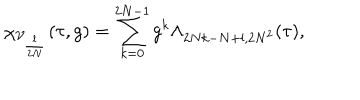
LaTeX: \chi _ { \mathcal { V } _ { \frac { l } { 2 N } } } ( \tau , g ) = \sum _ { k = 0 } ^ { 2 N - 1 } g ^ { k } \Lambda _ { 2 N k - N + l , 2 N ^ { 2 } } ( \tau ) ,